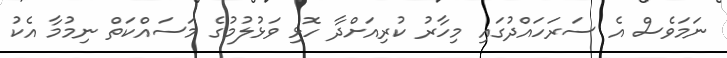
ނަމަވެސް އެ ސަރަހައްދުގައި މިހާރު ކުރިއަށްދާ ހޮޅި ވަޅުލުމުގެ މަސައްކަތް ނިމުމާ އެކު